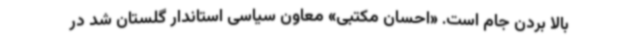
بالا بردن جام است. «احسان مکتبی» معاون سیاسی استاندار گلستان شد در